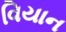
વિયાન